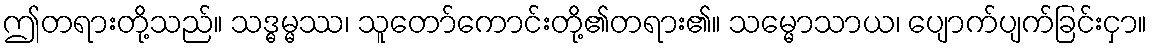
ဤတရားတို့သည်။ သဒ္ဓမ္မဿ၊ သူတော်ကောင်းတို့၏တရား၏။ သမ္မောသာယ၊ ပျောက်ပျက်ခြင်းငှာ။